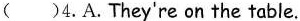
( )4. A. They're on the table.